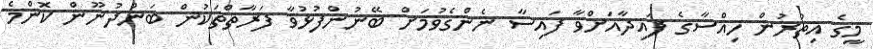
މީގެ އިތުރުން ހިއްސާގެ ފައިދާއަށްވާ ފައިސާ ނެންގެވުމަށް ބޭނުންފުޅުވާ ފަރާތްތަކުން ބަންދުނޫން ކޮންމެ